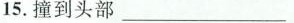
15.撞到头部___